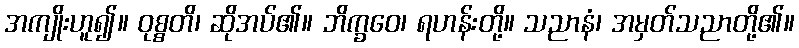
အကျိုးဟူ၍။ ဝုစ္စတိ၊ ဆိုအပ်၏။ ဘိက္ခဝေ၊ ရဟန်းတို့။ သညာနံ၊ အမှတ်သညာတို့၏။